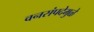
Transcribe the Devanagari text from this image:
वनसंपदेमुळे